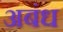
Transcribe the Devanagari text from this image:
अबंध